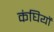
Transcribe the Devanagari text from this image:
कंघियों